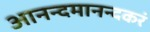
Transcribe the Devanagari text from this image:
आनन्दमानन्दकरं